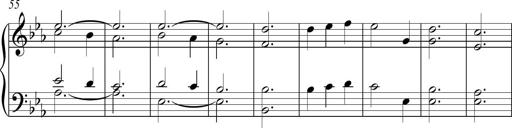
Title: Piano Sonatina in C
Composer: Daniel LÃ©o Simpson
Key: C major